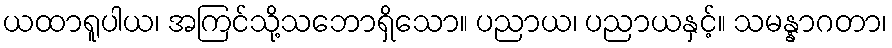
ယထာရူပါယ၊ အကြင်သို့သဘောရှိသော။ ပညာယ၊ ပညာယနှင့်။ သမန္နာဂတာ၊